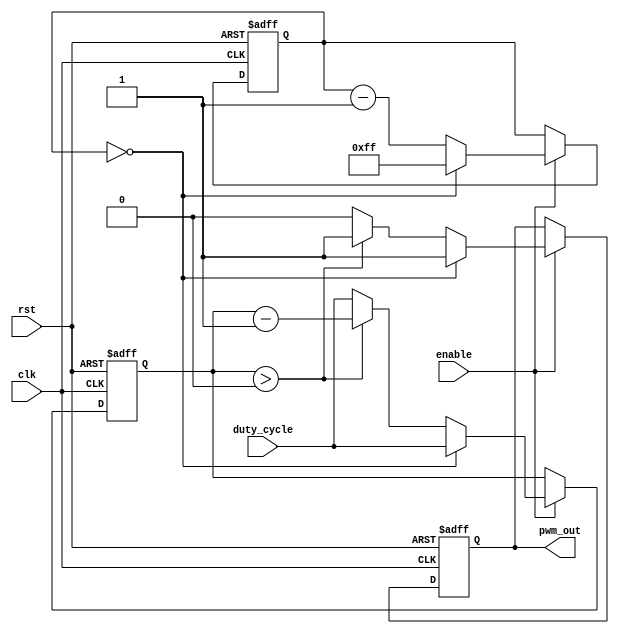
module pwm_timer (
    input rst,
    input clk,
    input enable,
    input [7:0] duty_cycle,
    output reg pwm_out
);

reg [15:0] count;
reg [7:0] duty_count;

always @ (posedge clk or posedge rst)
begin
    if (rst)
    begin
        count <= 16'b0;
        duty_count <= 8'b0;
        pwm_out <= 1'b0;
    end
    else if (enable)
    begin
        if (count == 16'd0)
        begin
            count <= 16'd255;
            duty_count <= duty_cycle;
            pwm_out <= 1'b1;
        end
        else if (duty_count > 0)
        begin
            count <= count - 1;
            duty_count <= duty_count - 1;
            pwm_out <= 1'b1;
        end
        else
        begin
            count <= count - 1;
            duty_count <= duty_cycle;
            pwm_out <= 1'b0;
        end
    end
end

endmodule